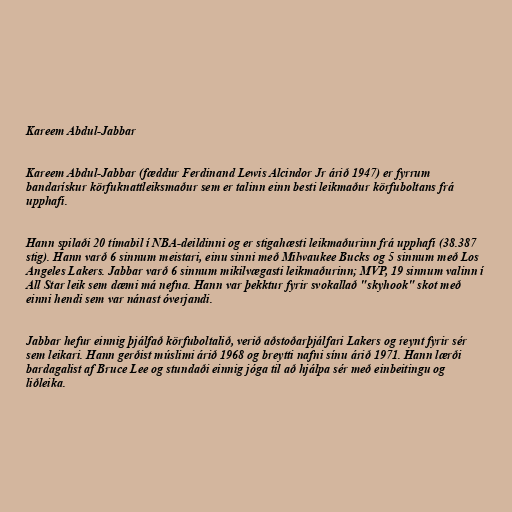
Kareem Abdul-Jabbar

Kareem Abdul-Jabbar (fæddur Ferdinand Lewis Alcindor Jr árið 1947) er fyrrum
bandarískur körfuknattleiksmaður sem er talinn einn besti leikmaður körfuboltans frá
upphafi.

Hann spilaði 20 tímabil í NBA-deildinni og er stigahæsti leikmaðurinn frá upphafi (38.387
stig). Hann varð 6 sinnum meistari, einu sinni með Milwaukee Bucks og 5 sinnum með Los
Angeles Lakers. Jabbar varð 6 sinnum mikilvægasti leikmaðurinn; MVP, 19 sinnum valinn í
All Star leik sem dæmi má nefna. Hann var þekktur fyrir svokallað "skyhook" skot með
einni hendi sem var nánast óverjandi.

Jabbar hefur einnig þjálfað körfuboltalið, verið aðstoðarþjálfari Lakers og reynt fyrir sér
sem leikari. Hann gerðist múslimi árið 1968 og breytti nafni sínu árið 1971. Hann lærði
bardagalist af Bruce Lee og stundaði einnig jóga til að hjálpa sér með einbeitingu og
liðleika.